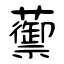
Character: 蘌